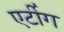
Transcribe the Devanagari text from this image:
एर्टीग